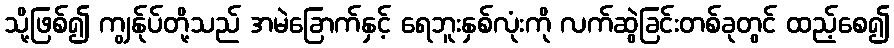
သို့ဖြစ်၍ ကျွန်ုပ်တို့သည် အမဲခြောက်နှင့် ရေဘူးနှစ်လုံးကို လက်ဆွဲခြင်းတစ်ခုတွင် ထည့်စေ၍